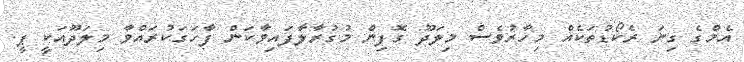
އެމްގެ ގިނަ ރެކޯޑުތަކެއް މިހާރުވެސް މިލަދޫ ގޮފިން މުގުރާލާފައިވާކަން ފާހަގަކުރައްވާ މިލަދޫއަކީ ޕީ.